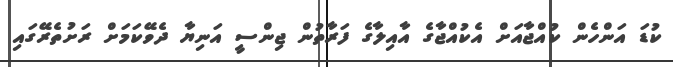
ކުޑަ އަންހެން ކުއްޖާއަށް އެކުއްޖާގެ އާއިލާގެ ފަރާތުން ޖިންސީ އަނިޔާ ދެވޭކަމަށް ރަށުތެރޭގައި